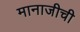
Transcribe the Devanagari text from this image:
मानाजीची